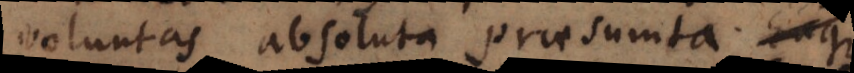
Voluntas absoluta praesumta. Eaque